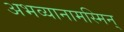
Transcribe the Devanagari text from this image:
अभव्यानामस्मिन्